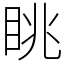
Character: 眺